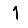
Digit: 1